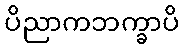
ပိညာကဘက္ခာပိ